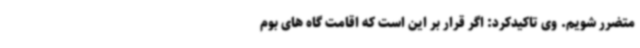
متضرر شویم. وی تاکیدکرد: اگر قرار بر این است که اقامت گاه های بوم